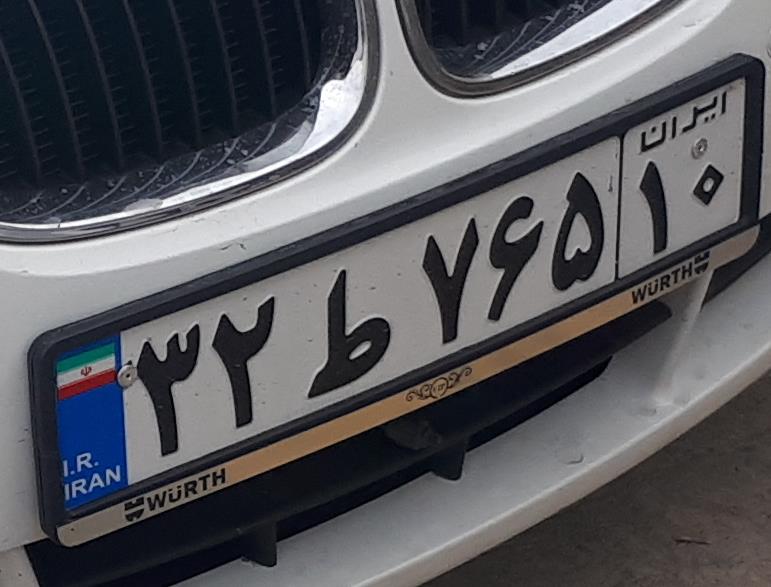
۳۲ط۷۶۵۱۰